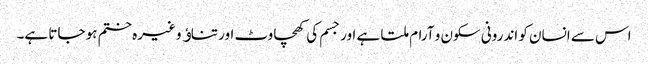
اس سے انسان کو اندرونی سکون و آرام ملتا ہے اور جسم کی کھچاوٹ اور تناﺅ وغیرہ ختم ہو جاتا ہے۔